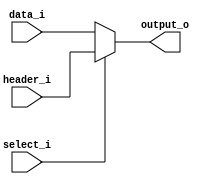
module transmit_demux (
  input [7:0] data_i,
  input [7:0] header_i,

  input select_i,

  output reg [7:0] output_o
);

always @(*) begin
  if (select_i)
    output_o = header_i;
  else begin
    output_o = data_i;
  end
end

endmodule